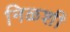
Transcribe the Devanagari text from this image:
निळशी